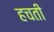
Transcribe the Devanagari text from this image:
हचती